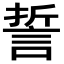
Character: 誓